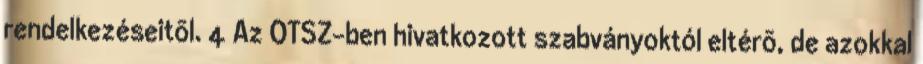
rendelkezéseitõl. 4 Az OTSZ-ben hivatkozott szabványoktól eltérõ, de azokkal